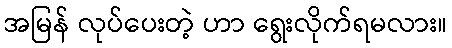
အမြန် လုပ်ပေးတဲ့ ဟာ ရွေးလိုက်ရမလား။